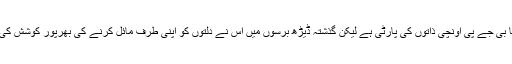
روایتاً بی جے پی اونچی ذاتوں کی پارٹی ہے لیکن گذشتہ ڈیڑھ برسوں میں اس نے دلتوں کو اپنی طرف مائل کرنے کی بھرپور کوشش کی ہے۔